Indian journal of veterinary science and animal husbandry - Volumes 18-21, 1948-1951
Year: 1948
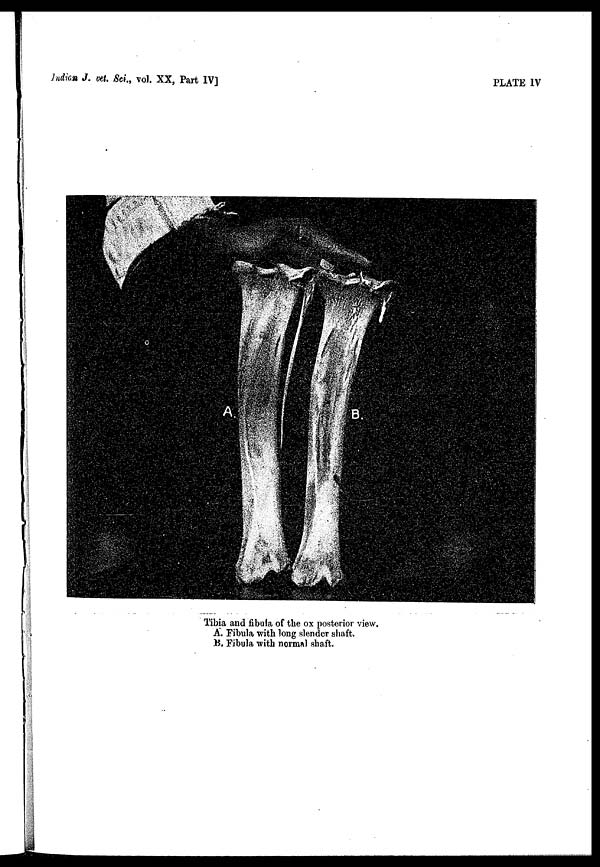
Indian J. vet. Sci., vol. XX, Part IV]
PLATE IV
Tibia and fibula of the ox posterior view.
A. Fibula with long slender shaft.
B. Fibula with normal shaft.